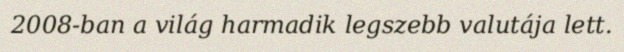
2008-ban a világ harmadik legszebb valutája lett.